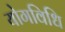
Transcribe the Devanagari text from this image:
योगविधि